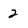
Character: 2